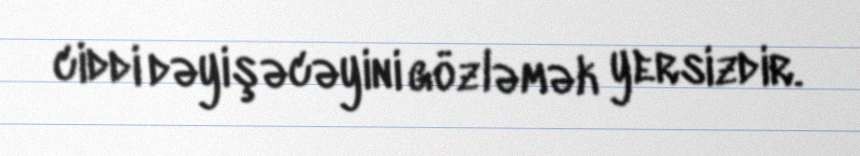
ciddi dəyişəcəyini gözləmək yersizdir.